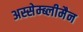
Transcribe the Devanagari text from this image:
अस्सेम्ब्लीमैन